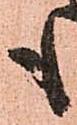
も